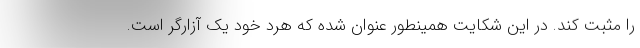
را مثبت کند. در این شکایت همینطور عنوان شده که هرد خود یک آزارگر است.